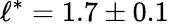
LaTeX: \ell^{*}=1.7\pm 0.1